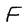
Character: F